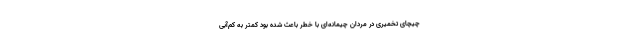
چیچای تخمیری در مردان چیمانه‌ای با خطر باعث شده بود کمتر به کم‌آبی